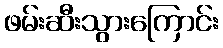
ဖမ်းဆီးသွားကြောင်း